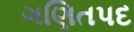
ગણિતપદ